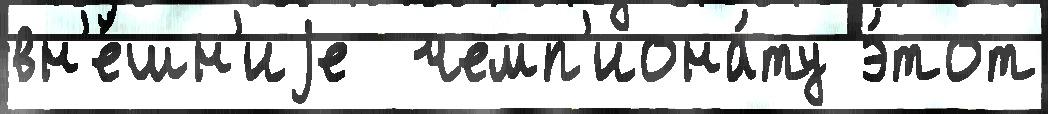
вн'е́шн'иjе  чемп'иона́ту э́тот